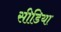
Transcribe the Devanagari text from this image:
सीडिया